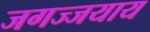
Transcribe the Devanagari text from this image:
जगज्जयाय